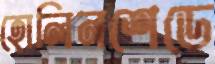
হোলিনশেডে